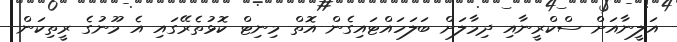
އަލީނާއަށް ސްކްރީނާއި ދިމާލަށް ބަލަހައްޓައިގެން އޮތް މިނިޓް ކޮޅުތެރޭގައި އެ މޫނުގެ ރީތިކަން